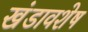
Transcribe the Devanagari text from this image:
खंडावशेष